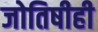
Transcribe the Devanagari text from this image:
जोतिषीही